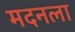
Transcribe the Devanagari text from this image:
मदनला